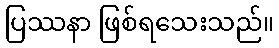
ပြဿနာ ဖြစ်ရသေးသည်။